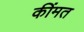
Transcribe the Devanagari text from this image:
कींमत